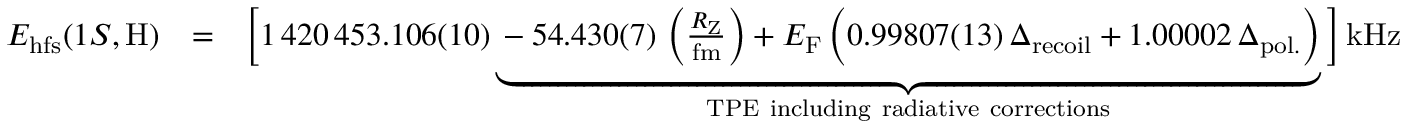
\begin{array} { r l r } { E _ { \mathrm { h f s } } ( 1 S , \mathrm { H } ) } & { = } & { \Big [ 1 \, 4 2 0 \, 4 5 3 . 1 0 6 ( 1 0 ) \underbrace { - 5 4 . 4 3 0 ( 7 ) \, \left( \frac { R _ { \mathrm { Z } } } { \mathrm { f m } } \right) + E _ { \mathrm { F } } \, \Big ( 0 . 9 9 8 0 7 ( 1 3 ) \, \Delta _ { \mathrm { r e c o i l } } + 1 . 0 0 0 0 2 \, \Delta _ { \mathrm { p o l . } } \Big ) } _ { \mathrm { T P E ~ i n c l u d i n g ~ r a d i a t i v e ~ c o r r e c t i o n s } } \Big ] \, \mathrm { k H z } } \end{array}